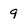
Character: 9